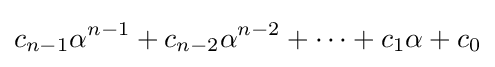
c_{n-1}\alpha ^{n-1}+c_{n-2}\alpha ^{n-2}+\cdots +c_{1}\alpha +c_{0}